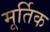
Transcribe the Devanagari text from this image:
मूर्तिक